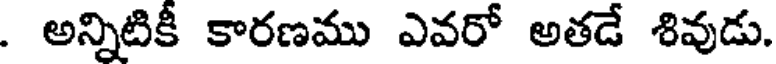
. అన్నిటికీ కారణము ఎవరో అతడే శివుడు.